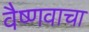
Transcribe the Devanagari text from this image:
वैष्णवाचा